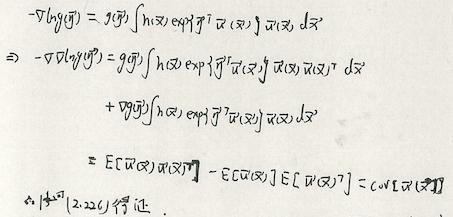
\[
\begin{align*}
-\nabla \log g(\boldsymbol{\eta})&=\mathcal{N}(\boldsymbol{\eta})\int h(\mathbf{x})\exp\{\boldsymbol{\eta}^T \overline{\mathbf{u}}(\mathbf{x})\}\overline{\mathbf{u}}(\mathbf{x})\,d\mathbf{x}\\
\Rightarrow -\nabla \log g(\boldsymbol{\eta})&=g(\boldsymbol{\eta})\int h(\mathbf{x})\exp\{\boldsymbol{\eta}^T \overline{\mathbf{u}}(\mathbf{x})\}\overline{\mathbf{u}}(\mathbf{x})\,d\mathbf{x}\\
&+\nabla g(\boldsymbol{\eta})\int h(\mathbf{x})\exp\{\boldsymbol{\eta}^T \overline{\mathbf{u}}(\mathbf{x})\}\,d\mathbf{x}\\
&=\mathbb{E}[\overline{\mathbf{u}}(\mathbf{X})\overline{\mathbf{u}}(\mathbf{X})^T]-\mathbb{E}[\overline{\mathbf{u}}(\mathbf{X})]\mathbb{E}[\overline{\mathbf{u}}(\mathbf{X})^T]=\text{Cov}[\overline{\mathbf{u}}(\mathbf{X})]
\end{align*}
\]
\[ \text{由}[2.22] \text{得证}. \]